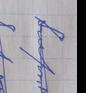
Signature authenticity: forged